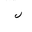
Letter: _lam